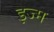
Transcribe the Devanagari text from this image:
इज्म